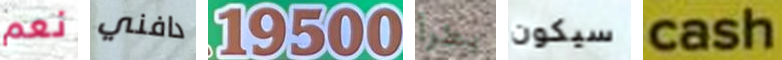
نعم دافني 19500 يطرأ سيكون cash